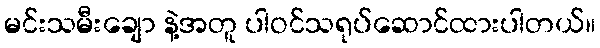
မင်းသမီးချော နဲ့အတူ ပါဝင်သရုပ်ဆောင်ထားပါတယ်။